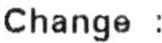
CHANGE :